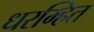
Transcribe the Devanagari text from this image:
धरम्हित